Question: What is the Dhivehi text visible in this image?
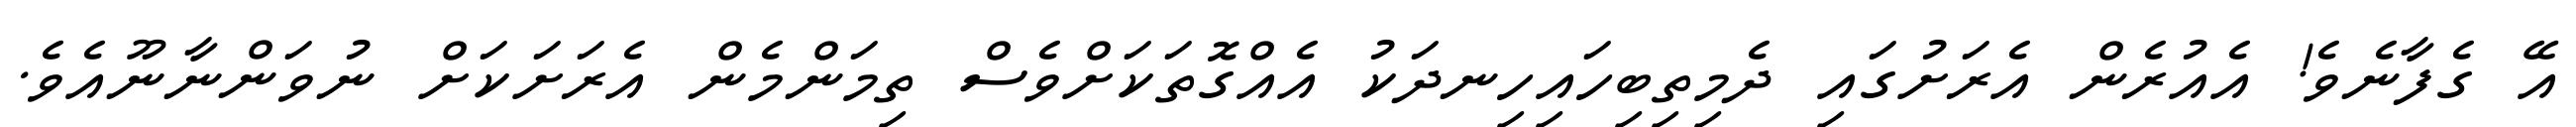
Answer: އޭ ގެފާނެވެ! އެއުރެން އެރަށުގައި ދެމިތިބިހައިހިނދަކު އެއްގޮތަކަށްވެސް ތިމަންމެން އެރަށަކަށް ނުވަންނާނޫއެވެ.